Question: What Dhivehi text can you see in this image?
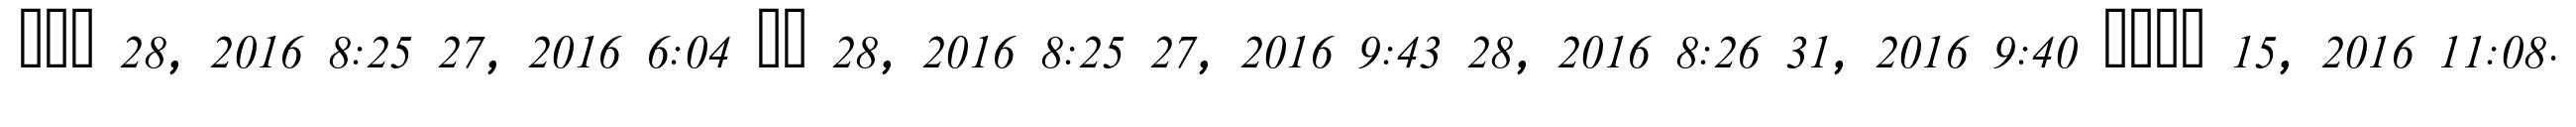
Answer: ??? 28, 2016 8:25 27, 2016 6:04 ?? 28, 2016 8:25 27, 2016 9:43 28, 2016 8:26 31, 2016 9:40 ???? 15, 2016 11:08.